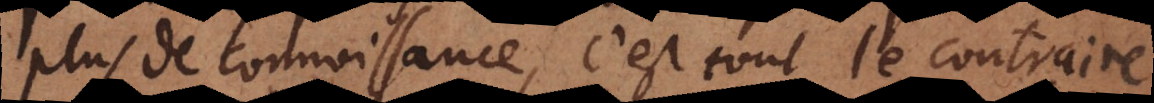
plus de connoissance, c’est tout le contraire